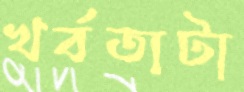
খর্বতাটা